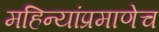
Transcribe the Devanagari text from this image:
महिन्यांप्रमाणेच